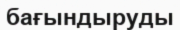
бағындыруды